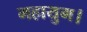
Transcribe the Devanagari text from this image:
महायुग।